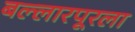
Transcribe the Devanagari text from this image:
बल्लारपूरला